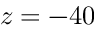
z = - 4 0